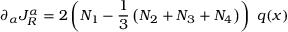
\partial _ { \alpha } J _ { R } ^ { \alpha } = 2 \left( N _ { 1 } - \frac { 1 } { 3 } \left( N _ { 2 } + N _ { 3 } + N _ { 4 } \right) \right) \, \, q ( x )